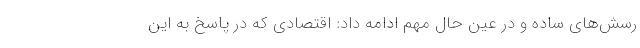
رسش‌های ساده و در عین حال مهم ادامه داد: اقتصادی که در پاسخ به این